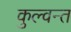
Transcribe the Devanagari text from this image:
कुल्वन्त